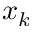
x _ { k }